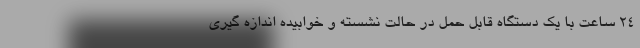
24 ساعت با یک دستگاه قابل حمل در حالت نشسته و خوابیده اندازه گیری